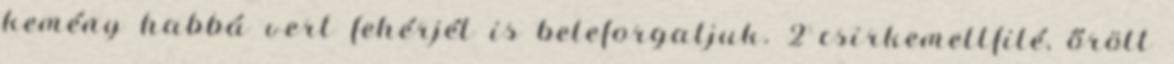
kemény habbá vert fehérjét is beleforgatjuk. 2 csirkemellfilé, őrölt